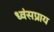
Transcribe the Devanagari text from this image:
ध्वंसप्राय